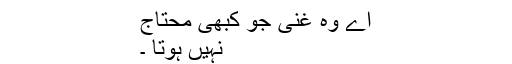
اے وہ غنی جو کبھی محتاج
نہیں ہوتا ۔